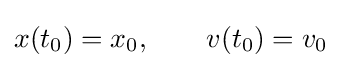
x(t_{0})=x_{0},\qquad v(t_{0})=v_{0}